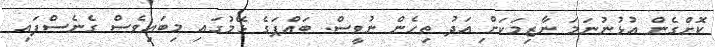
ކޮށްގެން އުޅުނުނަމަ ނާޒިމަކަށް ިއަދު ތިހެން ނުވީސް. ބައްޕަގެ ޅޭމުގައި މިބައިވެސް ގެނެސްފައި